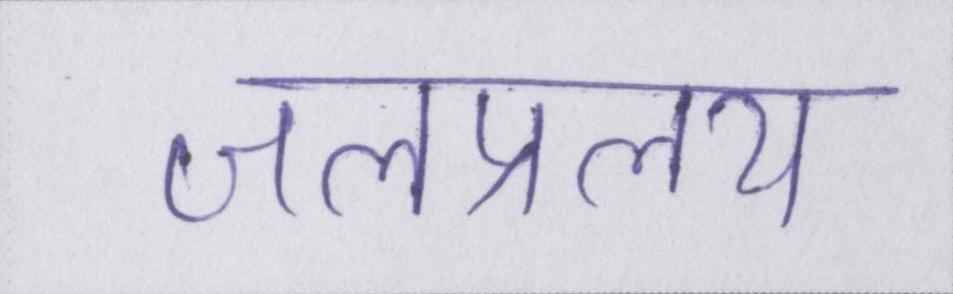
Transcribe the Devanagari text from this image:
जलप्रलय